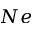
N e